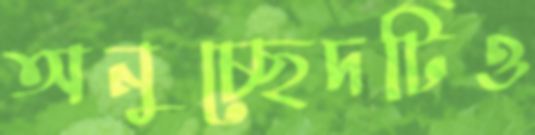
অনুচ্ছেদটিও